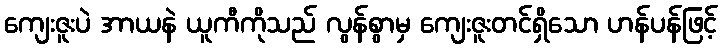
ကျေးဇူးပဲ အာယနဲ ယူကီကိုသည် လွန်စွာမှ ကျေးဇူးတင်ရှိသော ဟန်ပန်ဖြင့်